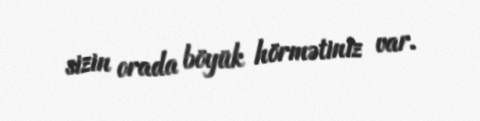
sizin orada böyük hörmətiniz var.